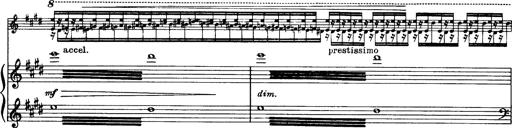
Title: OuvertÃ¼re zu TannhÃ¤user
Composer: Franz Liszt